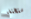
ستختفي